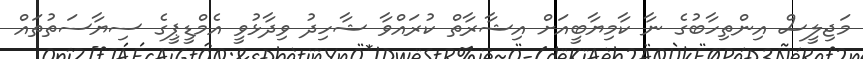
މަޖިލީސް އިންތިހާބުގެ ނާ ކާމިޔާބީއަށް އިޝާރާތް ކުރައްވާ ޝާހިދު ވިދާޅުވީ އެމްޑީޕީގެ ސިޔާސަތުތައް